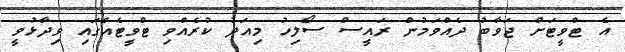
އެ ޓްވީޓަށް ޖަވާބު ދެއްވަމުން ރައީސް ސޯލިހު މިއަދު ކުރެއްވި ޓްވީޓެއްގައި ވިދާޅުވީ